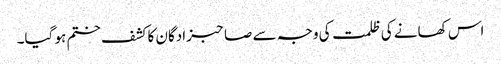
اس کھانے کی ظلمت کی وجہ سے صاحبزادگان کا کشف ختم ہو گیا۔